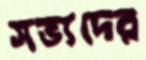
সভ্যদের